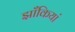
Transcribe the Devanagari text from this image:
झाँकियां